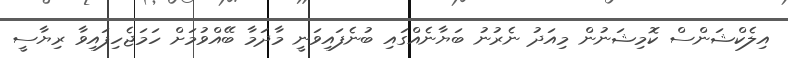
އިލެކްޝަންސް ކޮމިޝަނުން މިއަދު ނެރުނު ބަޔާނެއްގައި ބުނެފައިވަނީ މާދަމާ ބޭއްވުމަށް ހަމަޖެހިފައިވާ ރިޔާސީ